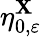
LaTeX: \eta_{0,\varepsilon}^{\mathbf{X}}